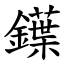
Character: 鐷